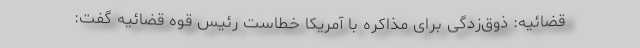
قضائیه: ذوق‌زدگی برای مذاکره با آمریکا خطاست رئیس قوه قضائیه گفت: